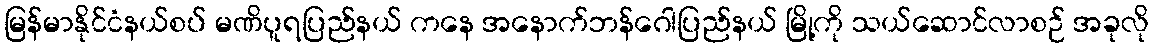
မြန်မာနိုင်ငံနယ်စပ် မဏိပူရပြည်နယ် ကနေ အနောက်ဘန်ဂေါပြည်နယ် မြို့ကို သယ်ဆောင်လာစဉ် အခုလို